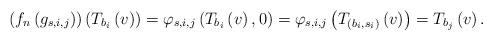
LaTeX: \begin{align*}\left(f_{n}\left(g_{s,i,j}\right)\right)\left(T_{b_{i}}\left(v\right)\right)=\varphi_{s,i,j}\left(T_{b_{i}}\left(v\right),0\right)=\varphi_{s,i,j}\left(T_{(b_{i},s_{i})}\left(v\right)\right)=T_{b_{j}}\left(v\right).\end{align*}